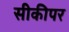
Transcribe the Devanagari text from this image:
सीकीपर